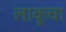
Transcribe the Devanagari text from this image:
लाकूचा